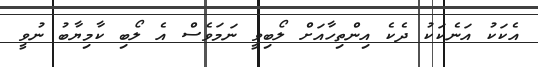
އެކަކު އަނެކަކު ދެކެ އިންތިހާއަށް ލޯބިވީ ނަމަވެސް އެ ލޯބި ކާމިޔާބު ނުވީ